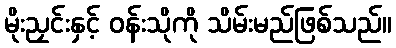
မိုးညှင်းနှင့် ဝန်းသိုကို သိမ်းမည်ဖြစ်သည်။